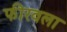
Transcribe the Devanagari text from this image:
फीरवला